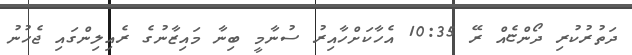
ދަތުރުކުރި ދޯންޏެއް ރޭ 10:35 އެހާކަށްހާއިރު ސުނާމީ ބިނާ މައިޒާނުގެ ރެއިލިންގައި ޖެހުނު